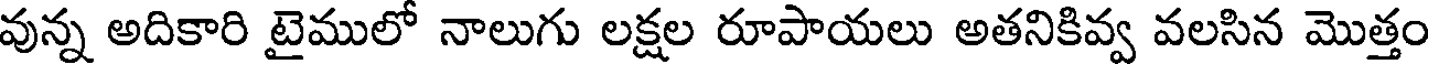
వున్న అదికారి టైములో నాలుగు లక్షల రూపాయలు అతనికివ్వ వలసిన మొత్తం